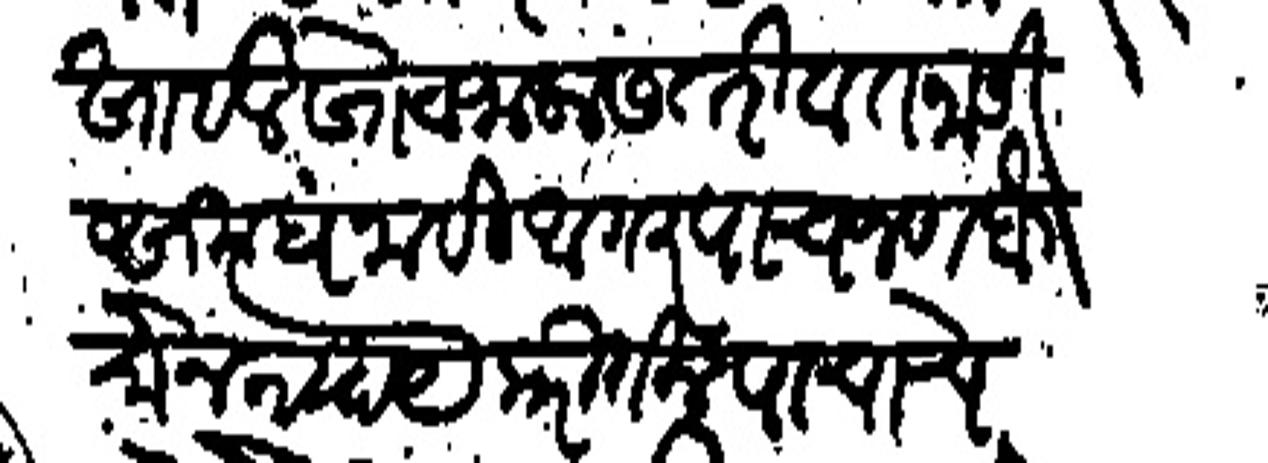
Transliteration (Devanagari): खाईल खोटा जाहालास तरी वतनासी समध नाही अगर पाचजण बैसोन न्याये करतील पाचाचे